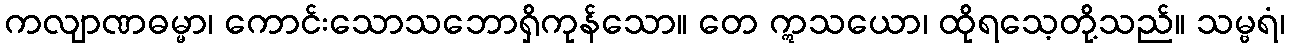
ကလျာဏဓမ္မာ၊ ကောင်းသောသဘောရှိကုန်သော။ တေ ဣသယော၊ ထိုရသေ့တို့သည်။ သမ္ဗရံ၊